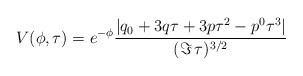
LaTeX: \begin{align*}V(\phi,\tau) = e^{- \phi} \frac{|q_0 + 3 q \tau + 3 p \tau^2 - p^0 \tau^3|}{(\Im\,\tau)^{3/2}}\end{align*}